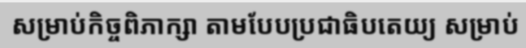
សម្រាប់កិច្ចពិភាក្សា តាមបែបប្រជាធិបតេយ្យ សម្រាប់